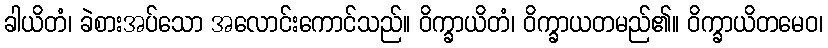
ခါယိတံ၊ ခဲစားအပ်သော အလောင်းကောင်သည်။ ဝိက္ခာယိတံ၊ ဝိက္ခာယတမည်၏။ ဝိက္ခာယိတမေဝ၊